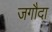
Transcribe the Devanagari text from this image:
जगौदा